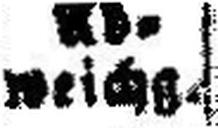
weichg.